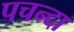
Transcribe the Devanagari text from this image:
पचन्दा